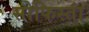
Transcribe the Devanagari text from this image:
सोफिस्तां